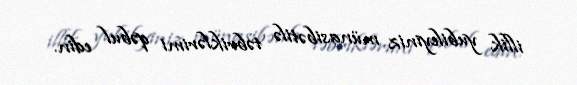
illik yubileyiniz münasibətilə təbriklərimi qəbul edin.